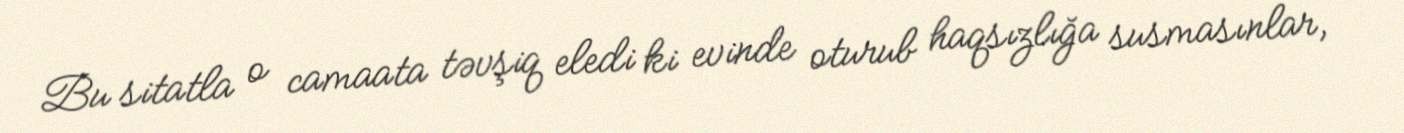
Bu sitatla o camaata təvşiq eledi ki evinde oturub haqsızlığa susmasınlar,